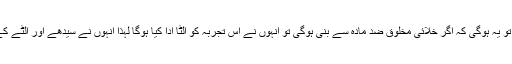
سب سے خطرناک بات تو یہ ہوگی کہ اگر خلائی مخلوق ضد مادّہ سے بنی ہوگی تو انہوں نے اس تجربہ کو الٹا ادا کیا ہوگا لہٰذا انہوں نے سیدھے اور الٹے کے تصوّر کو ملا دیا ہے۔